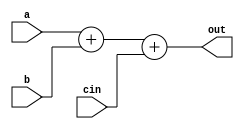
module alu(out, a, b, cin);
            output [7:0] out;
            input [7:0] a;
            input [7:0] b;
            input cin;
    assign out = a + b + cin;
endmodule

module booth_multiplier(prod, busy, mc, mp, clk, start);
                        output [15:0] prod;
                        output busy;
                        input [7:0] mc, mp;
                        input clk, start;
                        reg [7:0] A, Q, M;
                        reg Q_1;
                        reg [3:0] count;
                        wire [7:0] sum, difference;
       always @(posedge clk)
          begin
            if (start) begin
            A <= 8'b0;
            M <= mc;
            Q <= mp;
            Q_1 <= 1'b0;
            count <= 4'b0;
            end
            else begin
                case ({Q[0], Q_1})
                    2'b0_1 : {A, Q, Q_1} <= {sum[7], sum, Q};
                    2'b1_0 : {A, Q, Q_1} <= {difference[7], difference, Q};
                    default: {A, Q, Q_1} <= {A[7], A, Q};
                endcase
            count <= count + 1'b1;
            end
        end
alu adder (sum, A, M, 1'b0);
alu subtracter (difference, A, ~M, 1'b1);
assign prod = {A, Q};
assign busy = (count < 8);
endmodule